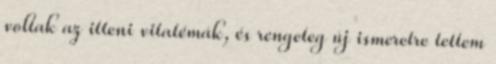
voltak az itteni vitatémák, és rengeteg új ismeretre tettem